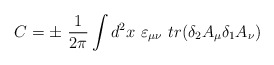
\begin{align*}C=\pm\ {1\over 2\pi}\int d^2x\ \varepsilon_{\mu\nu}\ tr(\delta_2 A_\mu\delta_1A_\nu )\end{align*}